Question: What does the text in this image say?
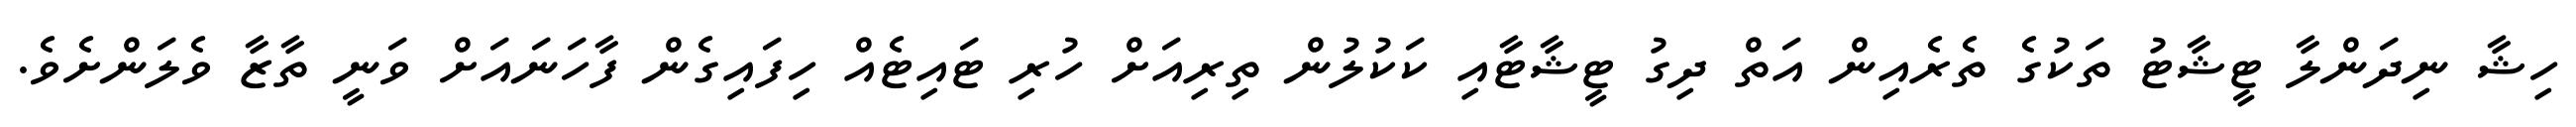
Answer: ހިޝާ ނިދަންލާ ޓީޝާޓު ތަކުގެ ތެރެއިން އަތް ދިގު ޓީޝާޓާއި ކަކުލުން ތިރިއަށް ހުރި ޓައިޓެއް ހިފައިގެން ފާހަނައަށް ވަނީ ތާޒާ ވެލަންށެވެ.